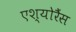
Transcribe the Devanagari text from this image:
एश्योरैंस